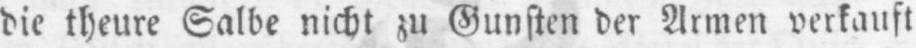
die theure Salbe nicht zu Gunsten der Armen verkauft